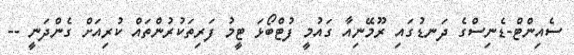
ސެއިންޓް-ޑެނިސްގެ ދަނޑުގައި ރޫމޭނިއާ ގައުމީ ފުޓްބޯޅަ ޓީމު ފަރިތަކުރުންތައް ކުރިއަށް ގެންދަނީ --